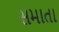
સમાતા